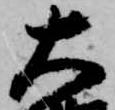
大